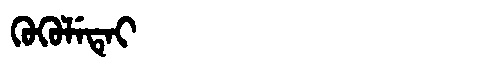
Manchu: ᡴᡠᡴᡠᠯᡝᡨᡝᡳ
Romanization: KUKULETEI